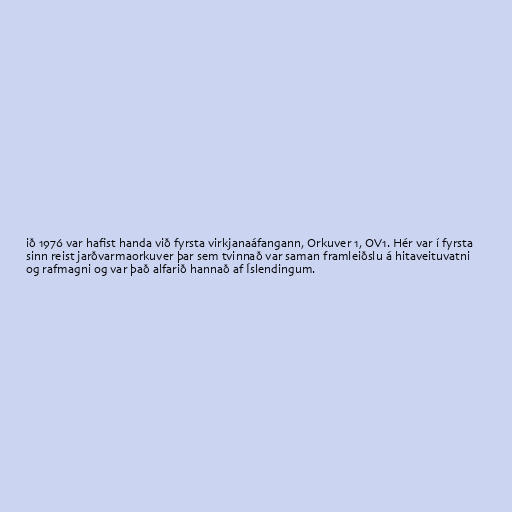
ið 1976 var hafist handa við fyrsta virkjanaáfangann, Orkuver 1, OV1. Hér var í fyrsta
sinn reist jarðvarmaorkuver þar sem tvinnað var saman framleiðslu á hitaveituvatni
og rafmagni og var það alfarið hannað af Íslendingum.